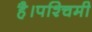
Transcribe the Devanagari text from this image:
है।पश्चिमी